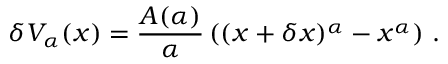
\delta V _ { \alpha } ( x ) = \frac { A ( \alpha ) } { \alpha } \left( ( x + \delta x ) ^ { \alpha } - x ^ { \alpha } \right) \, .